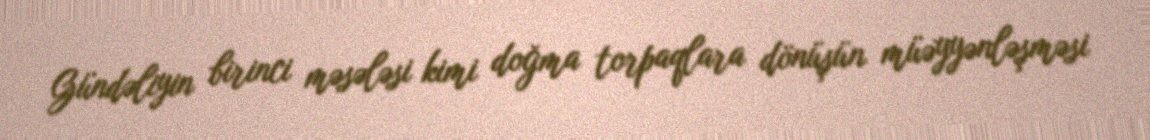
Gündəliyin birinci məsələsi kimi doğma torpaqlara dönüşün müəyyənləşməsi